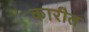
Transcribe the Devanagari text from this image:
कारीत